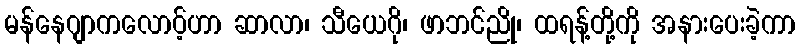
မန်နေဂျာကလောပ့်ဟာ ဆာလာ၊ သီယေဂို၊ ဖာဘင်ညို၊ ထရန့်တို့ကို အနားပေးခဲ့ကာ